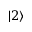
| 2 \rangle